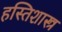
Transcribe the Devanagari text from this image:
हस्तिशास्त्र